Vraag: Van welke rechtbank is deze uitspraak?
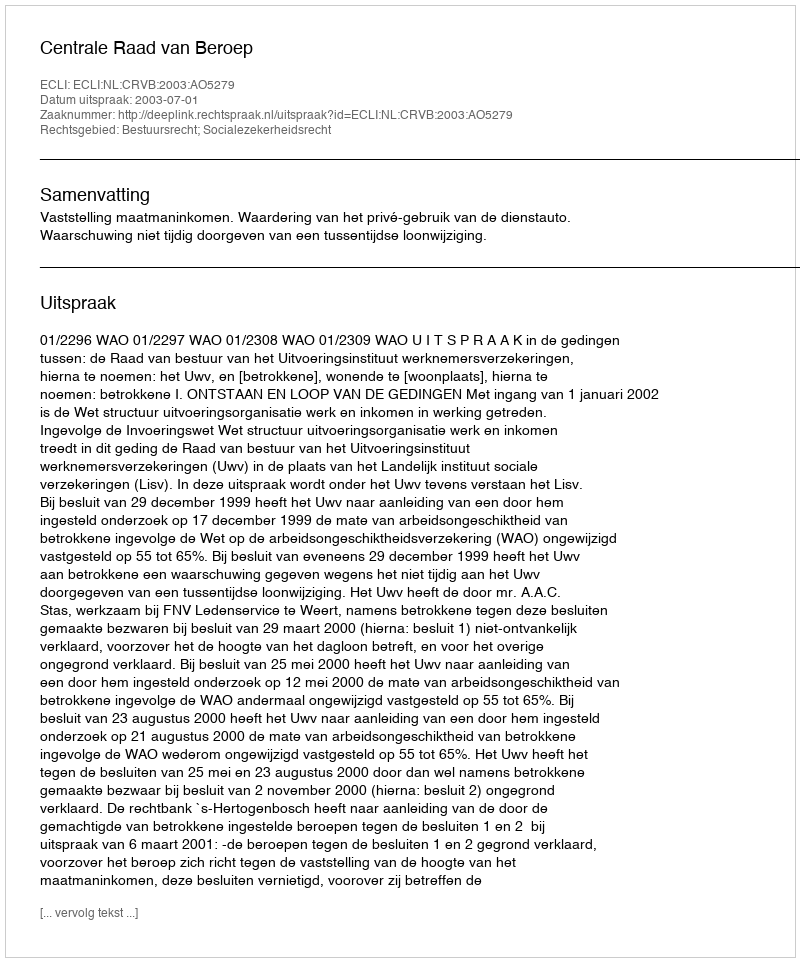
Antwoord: Centrale Raad van Beroep